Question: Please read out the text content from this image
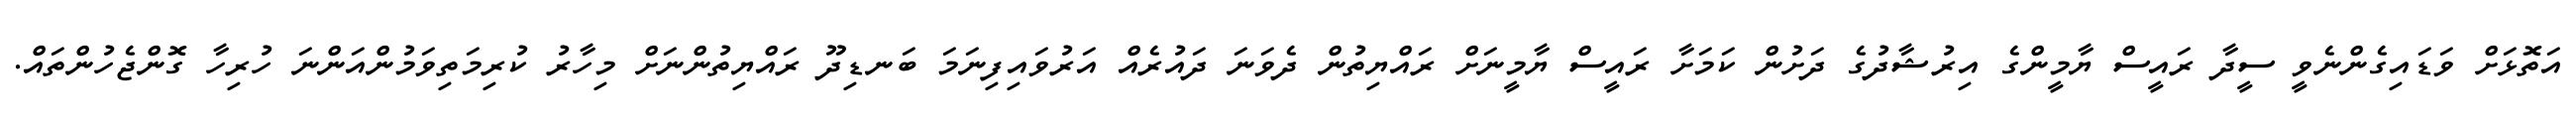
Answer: އަތޮޅަށް ވަޑައިގެންނެވީ ސީދާ ރައީސް ޔާމީންގެ އިރުޝާދުގެ ދަށުން ކަމަށާ ރައީސް ޔާމީނަށް ރައްޔިތުން ދެވަނަ ދައުރެއް އަރުވައިފިނަމަ ބަނޑިދޫ ރައްޔިތުންނަށް މިހާރު ކުރިމަތިވަމުންއަންނަ ހުރިހާ ގޮންޖެހުންތައް.